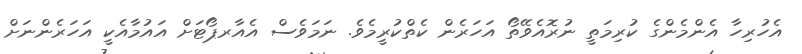
އެހުރިހާ އެންމެންގެ ކުރިމަތީ ނުރޮއެވޭތޯ އަހަރެން ކެތްކުރީމެވެ. ނަމަވެސް އެއާރޕޯޓަށް އައުމާއެކީ އަހަރެންނަށް